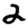
Digit: 2